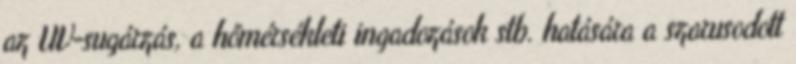
az UV-sugárzás, a hőmérsékleti ingadozások stb. hatására a szarusodott